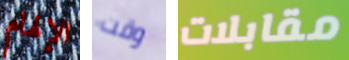
الإلهام وقت مقابلات